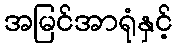
အမြင်အာရုံနှင့်